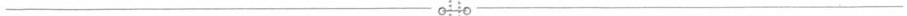
___